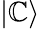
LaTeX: |\mathbb{C}\rangle